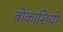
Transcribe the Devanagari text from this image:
बोकाशियो